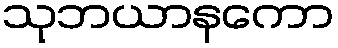
သုဘယာနကော